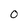
Character: O